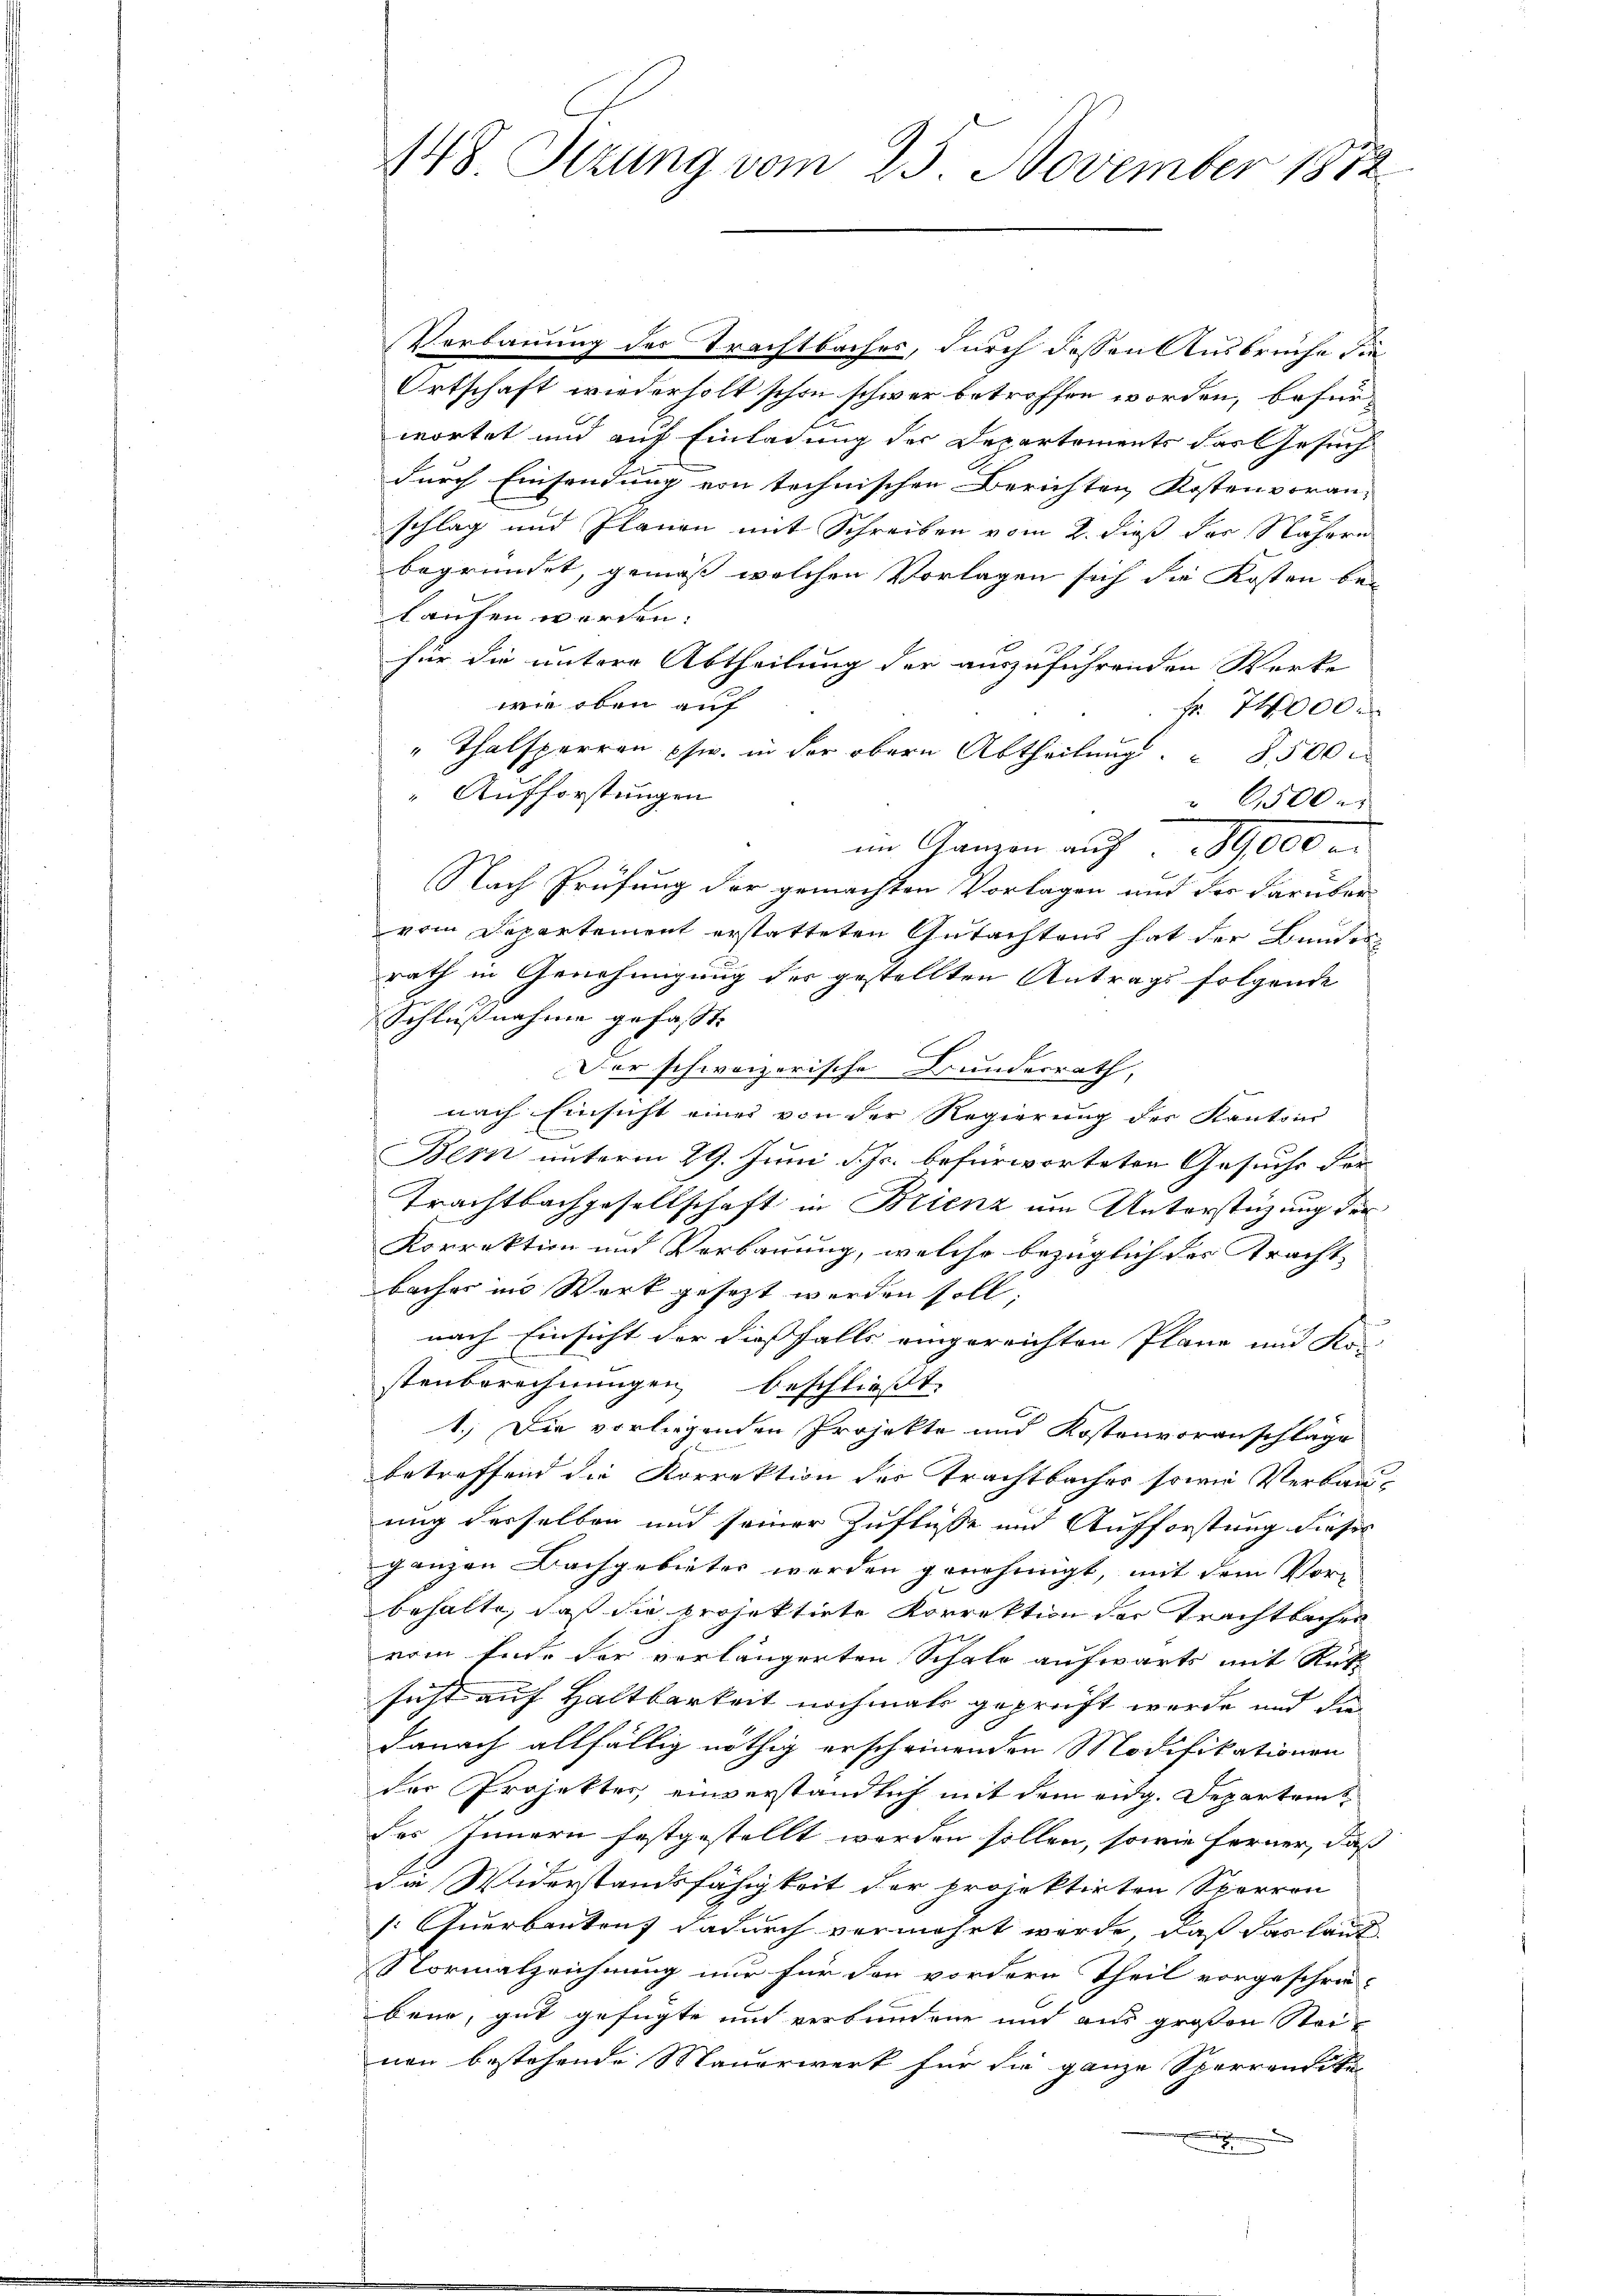
448. Sizung vom 25. November 1872

Verbauung des Trachtbaches, durch dessen Ausbrüche die
Ortschaft wiederholt schon schwer betroffen worden, befürwortet und auf Einladung des Departements das Gesuch
durch Einsendung von technischen Berichten Kostenvoran-
schlag und Planen mit Schreiben vom 2. dieß der Nähern
begründet, gemäß welchen Vorlagen sich die Kosten be-
laufen werden. |
für die untere Abtheilung der auszuführenden Werke
wir oben auf
fr. 74000.
" Thalsperren phw. in der obern Abtheilung 500
" Aufforstungen
6500
im Ganzen auf 89,000
Nach Prüfung der gemachten Vorlagen und der darüber
vom Departement erstatteten Gutachtens hat der Bundesrath in Genehmigung der gestellten Antrags folgende
Schlußnahme gefasst.
Der schweizerische Bundesrath,
nach Einsicht einer von der Regierung der Kantoin
E
Bern unterm 29. Juni d. Js. befürworteten Gesuche der
Trachtbachgesellschaft in Brienz im Unterstüzung der
Korrektion und Verbauung, welche bezüglich des Tracht
bacher ins Werk gesezt werden soll;
nach Einsicht der dießfalls eingereichten Pläne und Ko-
stenberechnungen beschließt:
1.) Die vorliegenden Projekte und Kostenvoranschläge
betreffend die Korrektion der Trachtbaches sowie Verbauung derselben und seiner Zuflüsse und Aufforstung dieses
ganzen Bachgebieter werden genehmigt, mit dem Vor-
behalte, daß die projektirte Korrektion der Trachtbaches
vom Ende der verlängerten Schale aufwärts mit Rück-
sicht auf Haltbarkeit nochmals geprüft wurde und da
danach allfällig nöthig erscheinenden Modifikationen
der Projektes einverständlich mit dem eidg. Departem
des Innern festgestellt worden sollen, sowie ferner, daß
die Widerstandsfähigkeit der projektirten Sperron
[Querbauten dadurch vermehrt werde, daß das laut
Normalzeichnung nur für den vordern Theil vorgeschrie-
bene, gut gefügte und verbundene und aus großen Steinen bestehende Mauerwerk für die ganze Sperronditi
.